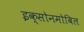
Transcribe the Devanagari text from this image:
इक्सोनमोबिल